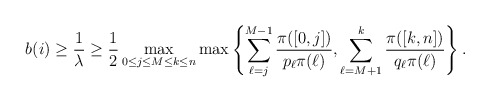
\begin{align*} b(i)\ge\frac{1}{\lambda}\ge\frac{1}{2}\max_{0\le j\le M\le k\le n}\max\left\{\sum_{\ell=j}^{M-1}\frac{\pi([0,j])}{p_\ell\pi(\ell)}, \sum_{\ell=M+1}^k\frac{\pi([k,n])}{q_\ell\pi(\ell)}\right\}.\end{align*}